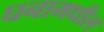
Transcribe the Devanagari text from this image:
घनामधील